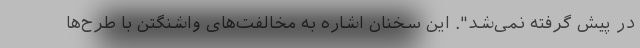
در پیش گرفته نمی‌شد". این سخنان اشاره به مخالفت‌های واشنگتن با طرح‌ها